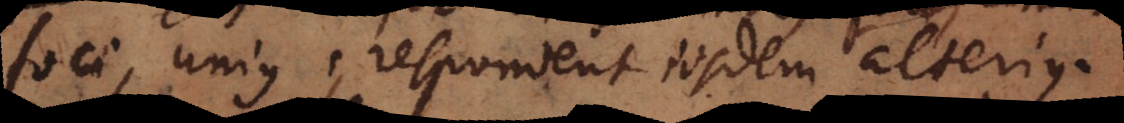
foci, unius, respondent iisdem alterius.